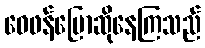
ဝေဖန်ပြောဆိုနေကြသည်